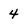
Character: 4